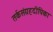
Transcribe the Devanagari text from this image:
तर्कसंग्रहदीपिका